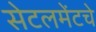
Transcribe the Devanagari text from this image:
सेटलमेंटचे